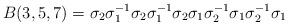
LaTeX: \begin{align*} B(3,5,7)=\sigma_2\sigma_1^{-1}\sigma_2\sigma_1^{-1}\sigma_2\sigma_1\sigma_2^{-1}\sigma_1\sigma_2^{-1}\sigma_1 \end{align*}